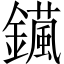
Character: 𨮇